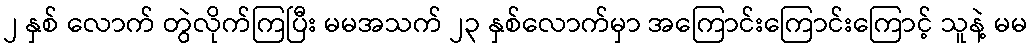
၂ နှစ် လောက် တွဲလိုက်ကြပြီး မမအသက် ၂၃ နှစ်လောက်မှာ အကြောင်းကြောင်းကြောင့် သူနဲ့ မမ